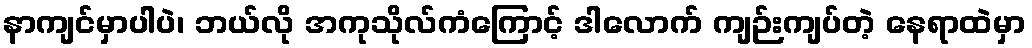
နာကျင်မှာပါပဲ၊ ဘယ်လို အကုသိုလ်ကံကြောင့် ဒါလောက် ကျဉ်းကျပ်တဲ့ နေရာထဲမှာ